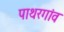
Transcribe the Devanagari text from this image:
पाथरगांव